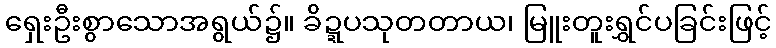
ရှေးဦးစွာသောအရွယ်၌။ ခိဍ္ဍပသုတတာယ၊ မြူးတူးရွှင်ပခြင်းဖြင့်